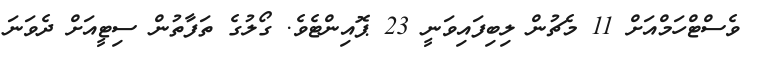
ވެސްޓްހަމްއަށް 11 މެޗުން ލިބިފައިވަނީ 23 ޕޮއިންޓެވެ. ގޯލުގެ ތަފާތުން ސިޓީއަށް ދެވަނަ